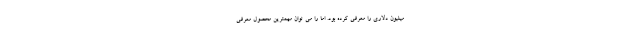
میلیون دلاری را معرفی کرده بود. اما را می توان مهمترین محصول معرفی